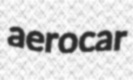
aerocar